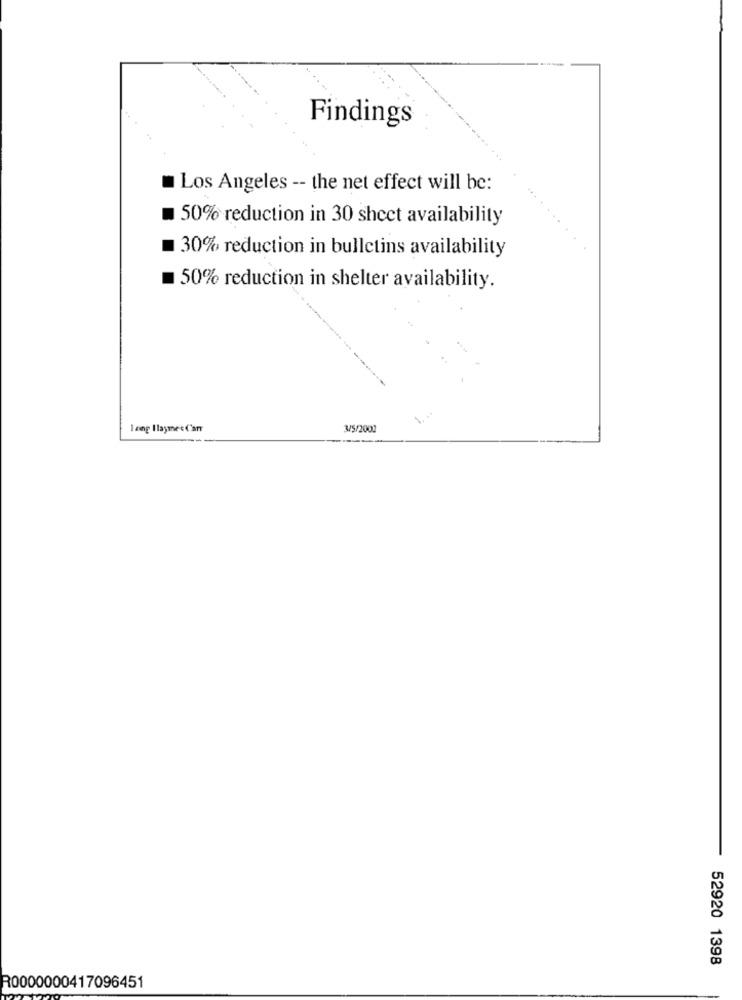
Findings
Los Angeles -- the net effect will be:
50% reduction in 30 sheet availability
30% reduction in bulletins availability
50% reduction in shelter availability.
I ang Ilaymes Can
3/5/2002
52920 1398
R0000000417096451